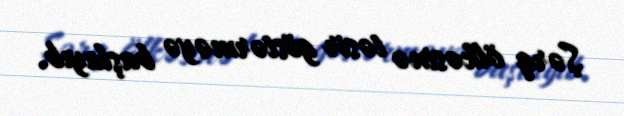
Şərq ölkəsinə təsir göstərməyə başlayıb.